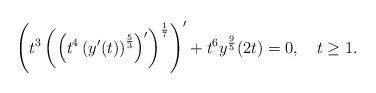
LaTeX: \begin{align*}\left(t^{3}\left(\left(t^{4}\left(y'(t)\right)^{\frac{5}{3}}\right)'\right)^{\frac{1}{7}}\right)'+t^{6}y^{\frac{9}{5}}(2t)=0,\ \ \ t\geq 1.\end{align*}